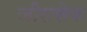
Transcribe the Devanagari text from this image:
जीरासेक